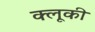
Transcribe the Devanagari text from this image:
क्लूकी